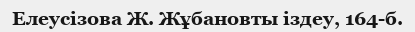
Елеусізова Ж. Жұбановты іздеу, 164-б.